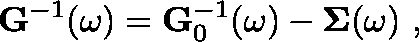
\mathbf { G } ^ { - 1 } ( \omega ) = \mathbf { G } _ { 0 } ^ { - 1 } ( \omega ) - \mathbf { \Sigma } ( \omega ) \ ,